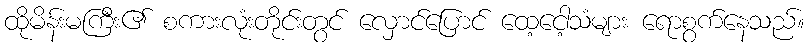
ထိုမိန်းမကြီး၏ စကားလုံးတိုင်းတွင် လှောင်ပြောင် ထေ့ငေါ့သံများ ရောစွက်နေသည်။